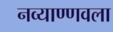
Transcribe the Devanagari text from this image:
नव्याण्णवला